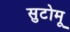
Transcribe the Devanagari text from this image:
सुटोमू